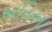
અતિતના